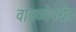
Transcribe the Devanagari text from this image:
वायव्येपर्यंत